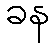
ခန